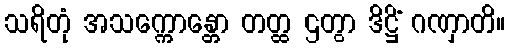
သရိတုံ အသက္ကောန္တော တတ္ထ ဌတွာ ဒိဋ္ဌိံ ဂဏှာတိ။